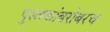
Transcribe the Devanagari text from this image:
पुस्तकांबरोबरच